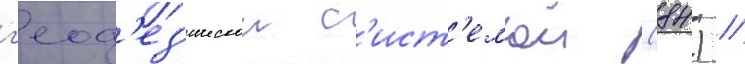
г'еод'ез'ическои с'ист'емои (84) //